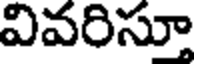
వివరిసూ